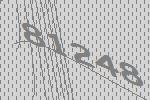
81248